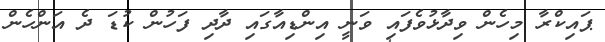
ޕައިކްރާ މިހެން ވިދާޅުވެފައި ވަނީ އިންޑިއާގައި ދާދި ފަހުން ކުޑަ ދެ އަންހެން